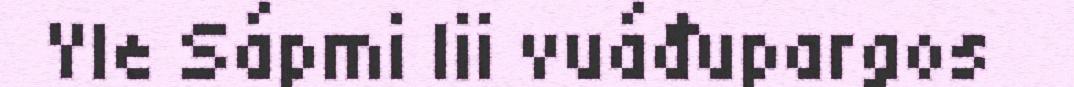
Yle Sápmi lii vuáđupargos